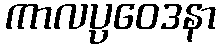
ကာလပ္ပဝေဒနာ